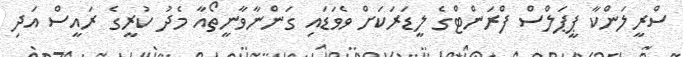
ސްރީލަންކާ ޕީޕަލްސް ފްރަންޓްގެ ލީޑަރަކަށް ވެވަޑައި ގަންނާވާނީތޯއާ މެދު ކުރީގެ ރައީސް އަދި